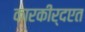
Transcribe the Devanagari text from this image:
कारकीर्दएत